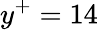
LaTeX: y^{+}=14